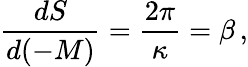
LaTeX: \frac{dS}{d(-M)}=\frac{2\pi}{\kappa}=\beta\, ,